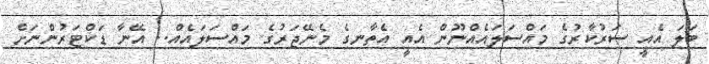
ބަލަ އެއީ ސަރުކާރުގެ މައްސަލައެއްނޫން އެއީ އެތާނގެ މެނޭޖަރުގެ މައްސަލައެއް.. އޭނާ ޑަކްޓަރުންނަށް